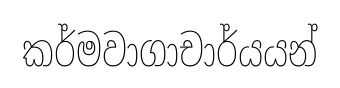
කර්මවාගාචාර්යයන්